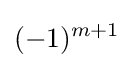
(-1)^{m+1}